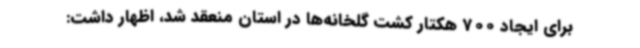
برای ایجاد 700 هکتار کشت گلخانه‌ها در استان منعقد شد، اظهار داشت: